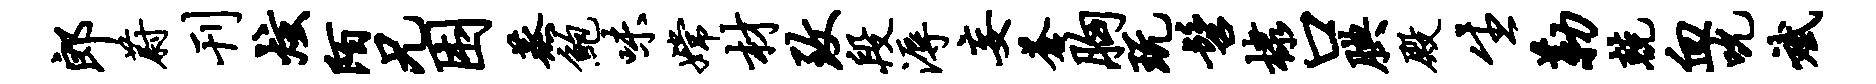
郎蔚刊炫陌兄困蒸鲍味嫦材致段溽妄苍胸玩髫棣口腆殿生勒兢血吮斌